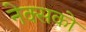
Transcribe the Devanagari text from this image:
नेक्सको